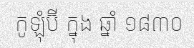
កូឡុំប៊ី ក្នុង ឆ្នាំ ១៨៣០